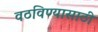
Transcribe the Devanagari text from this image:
वठविण्यासाठी